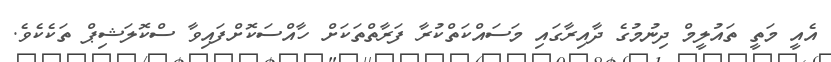
އެއީ މަތީ ތައުލީމް ދިނުމުގެ ދާއިރާގައި މަސައްކަތްކުރާ ފަރާތްތަކަށް ހާއްސަކޮށްފައިވާ ސްކޮލަޝިޕް ތަކެކެވެ.